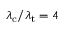
\lambda _ { \mathrm { c } } / \lambda _ { \mathrm { t } } = 4